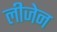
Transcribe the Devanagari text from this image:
लीजेन